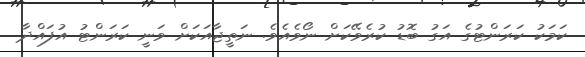
ކަމަކު ކަރަންޓުގެ އަގު ބޮޑު ކުރެވޭކަށް ނޯވެއެވެ. ނަތީޖާއަކަށް ވަނީ ކަރަންޓު އުފައްދާ